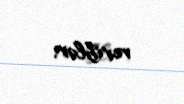
veriblər.